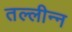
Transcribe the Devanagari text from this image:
तल्लीन्न